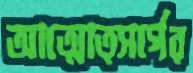
আত্মোত্সর্গের